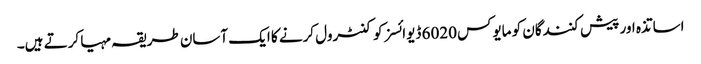
اساتذہ اور پیش کنندگان کو مایوکس 6020 ڈیوائسز کو کنٹرول کرنے کا ایک آسان طریقہ مہیا کرتے ہیں۔